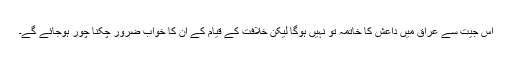
اس جیت سے عراق میں داعش کا خاتمہ تو نہیں ہوگا لیکن خلافت کے قیام کے ان کا خواب ضرور چکنا چور ہوجائے گے۔